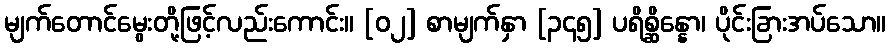
မျက်တောင်မွေးတို့ဖြင့်လည်းကောင်း။ [၀၂] စာမျက်နှာ [၃၄၅] ပရိစ္ဆိန္နော၊ ပိုင်းခြားအပ်သော။